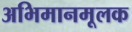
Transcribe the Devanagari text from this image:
अभिमानमूलक